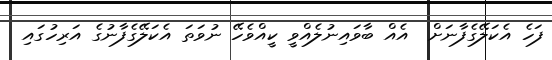
ފަހެ އެކަލޭގެފާނަށް  އެއް ބާވައިނުލެއްވީ ކީއްވެހޭ ނުވަތަ އެކަލޭގެފާނުގެ އަރިހުގައި